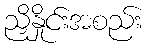
ညှိနှိုင်းအစည်း